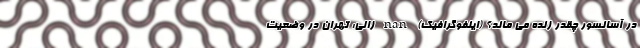
در آسانسور چقدر زنده می ماند؟ (اینفوگرافیک) nan زالی: تهران در وضعیت